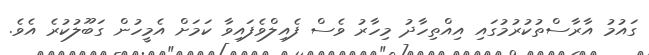
ގައުމު އާރާސްތުކުރުމުގައި އިއްތިހާދު މިހާރު ވެސް ފެއިލްވެފައިވާ ކަމަށް އެމީހުން ގަބޫލުކުރެ އެވެ.